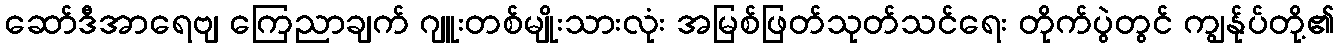
ဆော်ဒီအာရေဗျ ကြေညာချက် ဂျူးတစ်မျိုးသားလုံး အမြစ်ဖြတ်သုတ်သင်ရေး တိုက်ပွဲတွင် ကျွန်ုပ်တို့၏